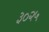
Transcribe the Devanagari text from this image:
३०२५